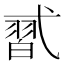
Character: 𰐑